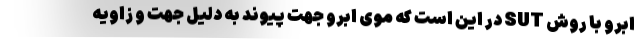
ابرو با روش SUT در این است که موی ابرو جهت پیوند به دلیل جهت و زاویه